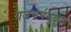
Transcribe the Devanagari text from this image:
गजचर्मसुद्धा